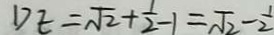
D E = \sqrt { 2 } + \frac { 1 } { 2 } - 1 = \sqrt { 2 } - \frac { 1 } { 2 }